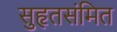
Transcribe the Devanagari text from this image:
सुहृतसंमित